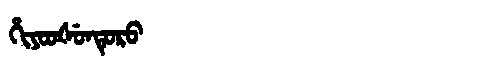
Manchu: ᡥᡳᠶᠣᠣᡧᡠᠨᡨᡠᡵᠣ
Romanization: HIYOOŠUNTURO